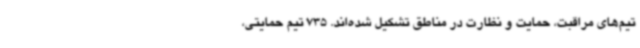
تیم‌های مراقبت، حمایت و نظارت در مناطق تشکیل شده‌اند. 735 تیم حمایتی،